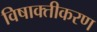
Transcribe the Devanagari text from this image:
विषाक्तीकरण